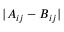
\lvert A _ { i j } - B _ { i j } \rvert